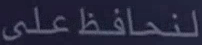
لنحافظعلى